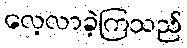
လေ့လာခဲ့ကြသည်